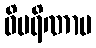
ဝိပရိဏာမ